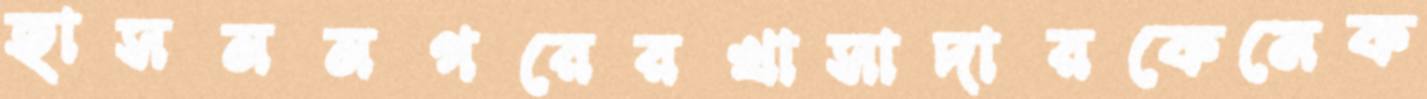
হাসননগরেরখাসাদারকেমেক